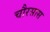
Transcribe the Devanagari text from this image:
चौरसास